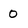
Character: 0